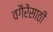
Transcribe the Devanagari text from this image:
वगैरेंसाठी